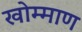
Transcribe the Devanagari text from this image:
खोम्माण